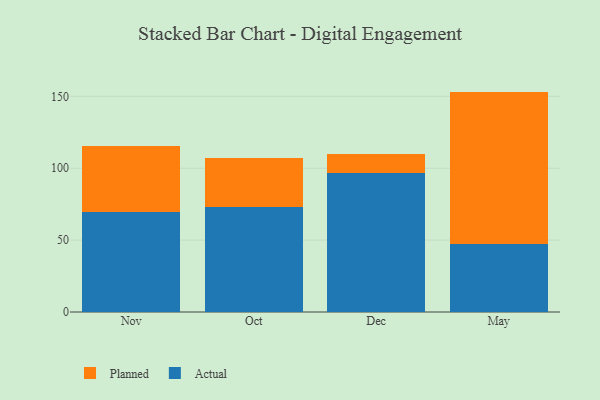
{"axis": {"x": "Month", "y": "Inventory Turnover"}, "legend": ["Actual", "Planned"], "data": [{"x": "Nov", "y": 69.9, "type": "Actual"}, {"x": "Nov", "y": 45.6, "type": "Planned"}, {"x": "Oct", "y": 72.7, "type": "Actual"}, {"x": "Oct", "y": 34.7, "type": "Planned"}, {"x": "Dec", "y": 96.8, "type": "Actual"}, {"x": "Dec", "y": 13.1, "type": "Planned"}, {"x": "May", "y": 47.3, "type": "Actual"}, {"x": "May", "y": 106.0, "type": "Planned"}]}